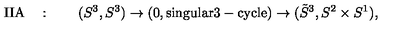
\mathrm { I I A } \quad : \qquad ( S ^ { 3 } , S ^ { 3 } ) \to ( 0 , \mathrm { s i n g u l a r 3 - c y c l e } ) \to ( \tilde { S } ^ { 3 } , S ^ { 2 } \times S ^ { 1 } ) ,